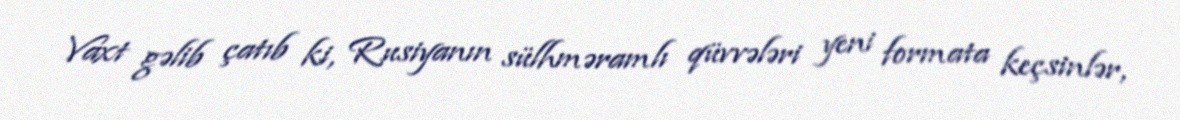
Vaxt gəlib çatıb ki, Rusiyanın sülhməramlı qüvvələri yeni formata keçsinlər,